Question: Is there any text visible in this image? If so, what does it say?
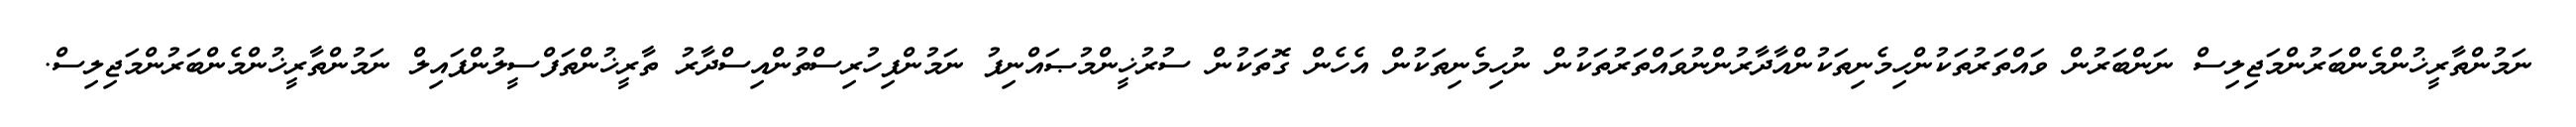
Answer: ނަމުންތާރީޚުންމެންބަރުންމަޖިލިސް ނަންބަރުން ވައްތަރުތަކުންހިމެނިތަކުންއާދާރުންނުވައްތަރުތަކުން ނުހިމެނިތަކުން އެހެން ގޮތަކުން ސުރުޚީންމުޞައްނިފު ނަމުންފިހުރިސްތުންއިސްދާރު ތާރީޚުންތަފްސީލުންފައިލް ނަމުންތާރީޚުންމެންބަރުންމަޖިލިސް.